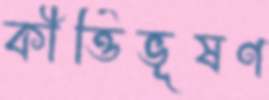
কীর্ত্তিভূষণ